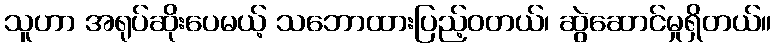
သူဟာ အရုပ်ဆိုးပေမယ့် သဘောထားပြည့်ဝတယ်၊ ဆွဲဆောင်မှုရှိတယ်။